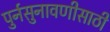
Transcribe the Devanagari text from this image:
पुर्नसुनावणीसाठी